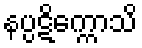
နပ္ပဋိက္ကောသိ